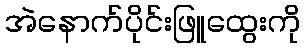
အဲနောက်ပိုင်းဖြူထွေးကို